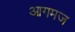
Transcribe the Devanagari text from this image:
आगमज